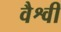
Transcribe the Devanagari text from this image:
वैश्वी